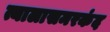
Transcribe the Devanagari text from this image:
त्यालासमरकंद